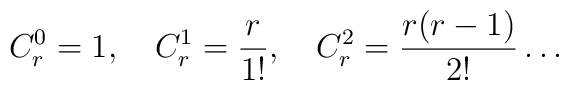
C^{0}_{r}=1,\quad{}C^{1}_{r}=\frac{r}{1!},\quad{}C^{2}_{r}=\frac{r(r-1)}{2!}\dots